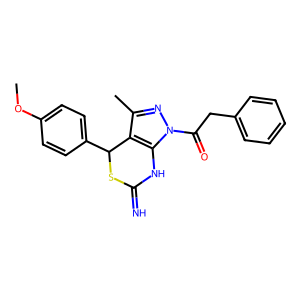
SMILES: COc1ccc(C2SC(=N)Nc3c2c(C)nn3C(=O)Cc2ccccc2)cc1
Inhibits HIV replication: Yes